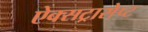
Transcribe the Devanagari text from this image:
ऐक्सट्रासेप्ट